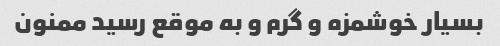
بسیار خوشمزه و گرم و به موقع رسید ممنون